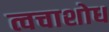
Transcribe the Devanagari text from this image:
त्वचाशोध